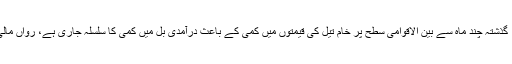
اعدادوشمار کے مطابق فروری میں 67 کروڑ ڈالر کا تیل منگوایا گیا، گذشتہ چند ماہ سے بین الاقوامی سطح پر خام تیل کی قیمتوں میں کمی کے باعث درآمدی بل میں کمی کا سلسلہ جاری ہے، رواں مالی سال تیل کے درآمدی بل میں 3 سے 5 ارب ڈالر بچت کا تخمینہ ہے۔